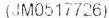
(JM0517726)